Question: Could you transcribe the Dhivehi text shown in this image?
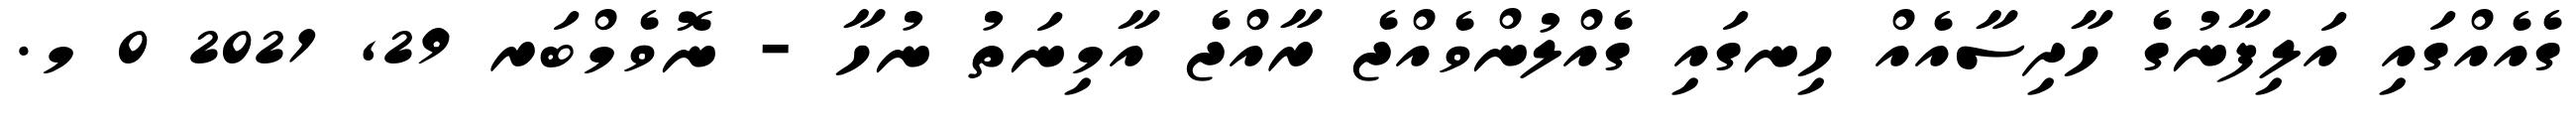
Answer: ގެއެއްގައި އަލިފާނުގެ ހާދިސާއެއް ހިނގައި ގެއްލުންވެއްޖެ ރާއްޖެ އާމިނަތު ނުހާ - ނޮވެމްބަރ 29, 2021 0 މ.